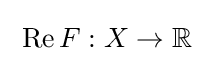
\;\operatorname {Re} F:X\to \mathbb {R} \;